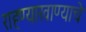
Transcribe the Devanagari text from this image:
राहण्याखाण्याचे